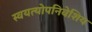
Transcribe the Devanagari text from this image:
स्वयत्योपनिवेशिय